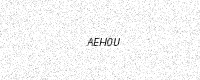
Text: AEH0U